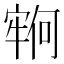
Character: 𫳵